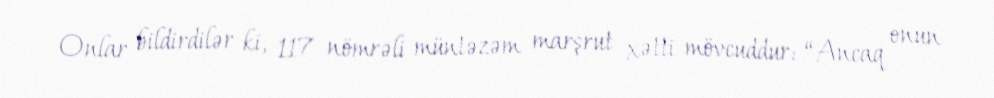
Onlar bildirdilər ki, 117 nömrəli müntəzəm marşrut xətti mövcuddur: “Ancaq onun